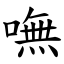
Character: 嘸